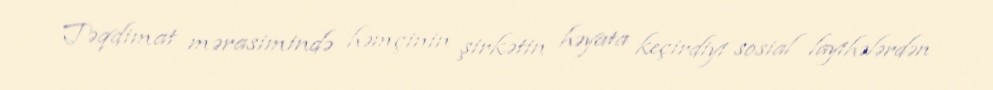
Təqdimat mərasimində həmçinin şirkətin həyata keçirdiyi sosial layihələrdən